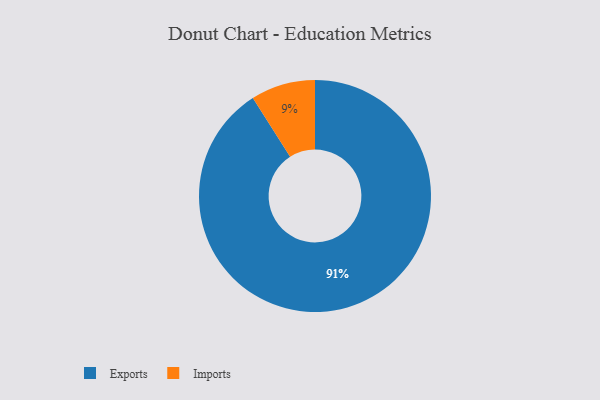
{"axis": {"x": "Category", "y": "Percentage"}, "legend": ["Exports", "Imports"], "data": [{"x": "Imports", "y": 9, "type": "Imports"}, {"x": "Exports", "y": 91, "type": "Exports"}]}